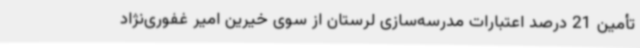
تأمین 21 درصد اعتبارات مدرسه‌سازی لرستان از سوی خیرین امیر غفوری‌نژاد